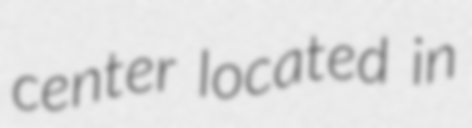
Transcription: center located in